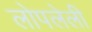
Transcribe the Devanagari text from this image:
लोपलेली